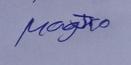
Signature authenticity: genuine